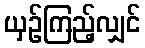
ယှဉ်ကြည့်လျှင်